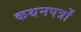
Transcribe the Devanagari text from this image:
कथनपत्रों